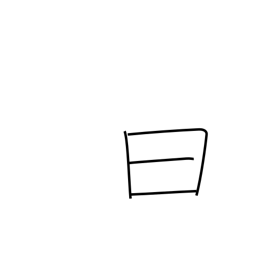
Meaning: history